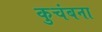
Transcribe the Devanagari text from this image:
कुचंबना